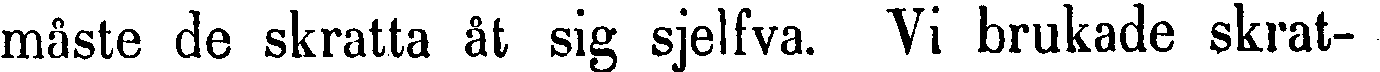
måste de skratta åt sig sjelfva. Vi brukade skrat- -